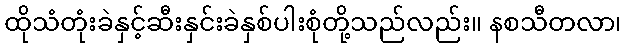
ထိုသံတုံးခဲနှင့်ဆီးနှင်းခဲနှစ်ပါးစုံတို့သည်လည်း။ နစသီတလာ၊